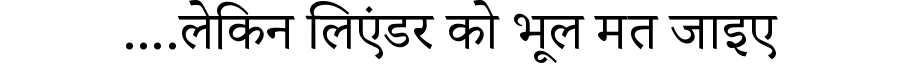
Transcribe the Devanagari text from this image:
....लेकिन लिएंडर को भूल मत जाइए